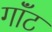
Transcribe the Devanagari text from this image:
गॉंट